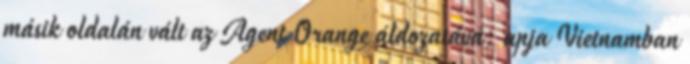
másik oldalán vált az Agent Orange áldozatává: apja Vietnamban